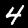
Label: 4